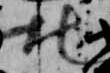
北